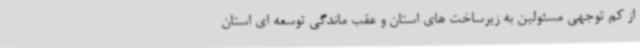
از کم توجهی مسئولین به زیرساخت های استان و عقب ماندگی توسعه ای استان